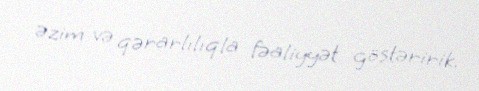
əzim və qərarlılıqla fəaliyyət göstəririk.